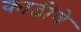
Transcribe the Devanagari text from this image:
काठीचे